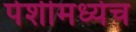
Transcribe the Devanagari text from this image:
पेशीमध्येच